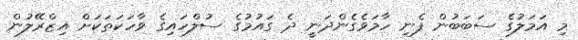
މި އަމަލުގެ ސަބަބުން ފެނި ހާމަވެގެންދަނީ ދެ ގައުމުގެ ސުލްހައިގެ ވާހަކަތަކަށް އިޒްރޭލުން